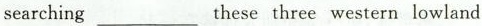
searching___these three western lowland